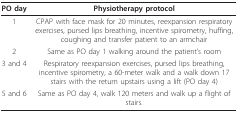
| PO day | Physiotherapy protocol |
 | --- | --- |
 | 1 | CPAP with face mask for 20 minutes, reexpansion respiratory exercises, pursed lips breathing, incentive spirometry, huffing, coughing and transfer patient to an armchair |
 | 2 | Same as PO day 1 walking around the patient's room |
 | 3 and 4 | Respiratory reexpansion exercises, pursed lips breathing, incentive spirometry, a 60-meter walk and a walk down 17 stairs with the return upstairs using a lift (PO day 4) |
 | 5 and 6 | Same as PO day 4, walk 120 meters and walk up a flight of stairs. |